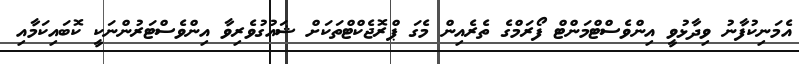
އެމަނިކުފާނު ވިދާޅުވީ އިންވެސްޓްމަންޓް ފޯރަމްގެ ތެރެއިން މެގަ ޕްރޮޖެކްޓްތަކަށް ޝައުގުވެރިވާ އިންވެސްޓަރުންނަކީ ކޮބައިކަމާއި